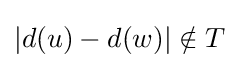
|d(u)-d(w)|\notin T